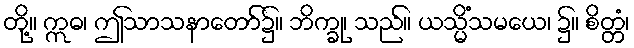
တို့။ ဣဓ၊ ဤသာသနာတော်၌။ ဘိက္ခု၊ သည်။ ယသ္မိံသမယေ၊ ၌။ စိတ္တံ၊